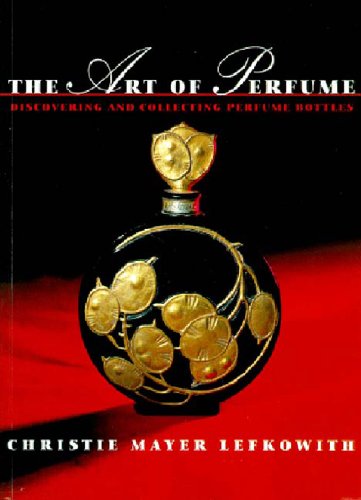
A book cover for The Art of Perfume: Discovering and Collecting Perfume Bottles; Christie Mayer Lefkowith; Crafts, Hobbies & Home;